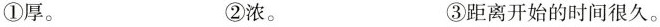
①厚。 ②浓。 ③距离开始的时间很久。